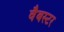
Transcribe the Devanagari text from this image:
वैबस्टर